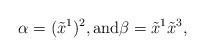
LaTeX: \begin{align*}\alpha =( \tilde{x}^1)^2, \mbox{and} \beta = \tilde{x}^1 \tilde{x}^3,\end{align*}